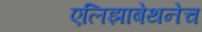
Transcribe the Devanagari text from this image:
एलिझाबेथनेच